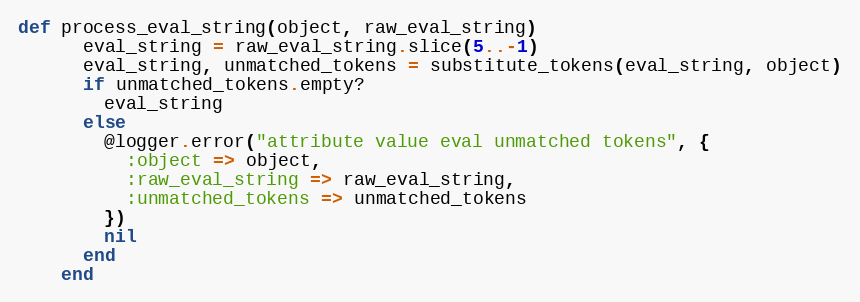
Language: Ruby
def process_eval_string(object, raw_eval_string)
      eval_string = raw_eval_string.slice(5..-1)
      eval_string, unmatched_tokens = substitute_tokens(eval_string, object)
      if unmatched_tokens.empty?
        eval_string
      else
        @logger.error("attribute value eval unmatched tokens", {
          :object => object,
          :raw_eval_string => raw_eval_string,
          :unmatched_tokens => unmatched_tokens
        })
        nil
      end
    end